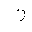
Letter: _zay